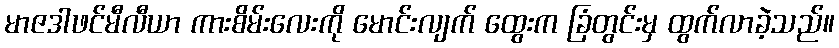
မာဇဒါဖင်မီလီယာ ကားစိမ်းလေးကို မောင်းလျက် ထွေးက ခြံတွင်းမှ ထွက်လာခဲ့သည်။